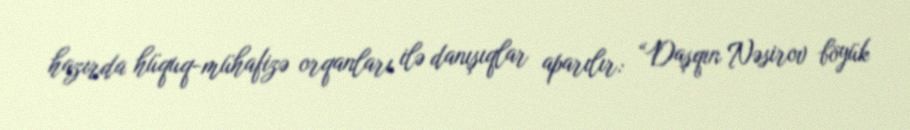
hazırda hüquq-mühafizə orqanları ilə danışıqlar aparılır: “Daşqın Nəsirov böyük